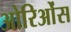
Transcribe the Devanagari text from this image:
ओरिओंस